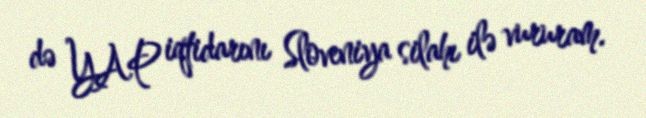
də YAP iqtidarını Sloveniya silahı ilə vururam.